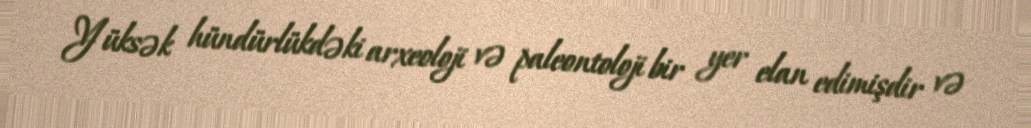
Yüksək hündürlükdəki arxeoloji və paleontoloji bir yer elan edimişdir və